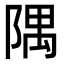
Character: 隅